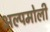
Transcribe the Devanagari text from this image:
अल्पमोली